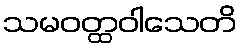
သမဝတ္ထဝါသေတိ